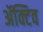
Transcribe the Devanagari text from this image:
ॲक्टिव